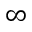
\infty